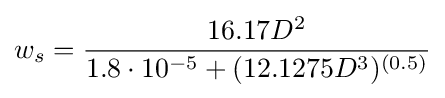
w_{s}={\frac {16.17D^{2}}{1.8\cdot 10^{-5}+(12.1275D^{3})^{(0.5)}}}